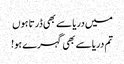
میں دریا سے بھی ڈرتا ہوں
تم دریا سے بھی گہرے ہو!